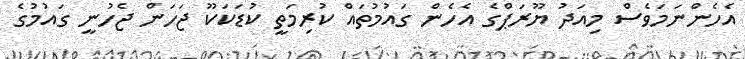
އެހެންނަމަވެސް މިއަދު ޔޫރަޕްގެ އެހެން ގައުމުތައް ކުރިމަތީ ކުޑަކަކޫ ޖަހަން ޖެހުނީ ގައުމުގެ